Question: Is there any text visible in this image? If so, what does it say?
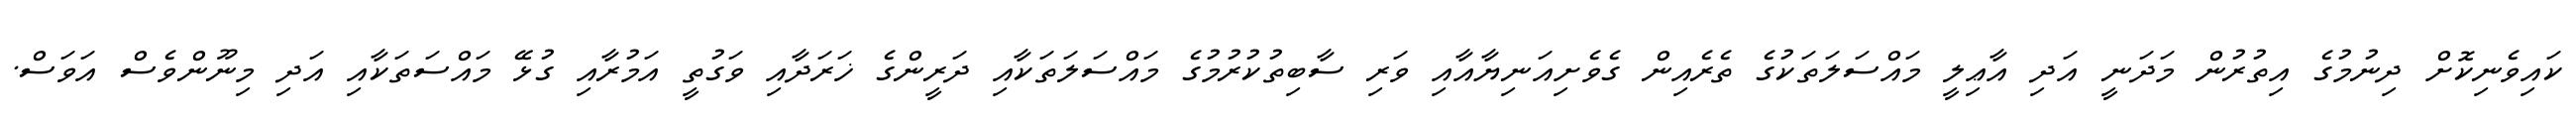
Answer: ކައިވެނިކޮށް ދިނުމުގެ އިތުރުން މަދަނީ އަދި އާޢިލީ މައްސަލަތަކުގެ ތެރެއިން ގެވެށިއަނިޔާއާއި ވަރި ސާބިތުކުރުމުގެ މައްސަލަތަކާއި ދަރީންގެ ޚަރަދާއި ވަގުތީ އަމުރާއި ގުޅޭ މައްސަތަކާއި އަދި މިނޫންވެސް އަވަސް.